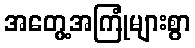
အတွေ့အကြုံများစွာ